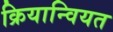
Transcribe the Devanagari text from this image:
क्रियान्वियत